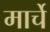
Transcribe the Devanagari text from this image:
मार्चे